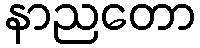
နာညတော